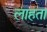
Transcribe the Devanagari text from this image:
लाहता